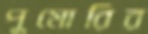
পুমোরির